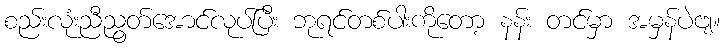
စည်းလုံးညီညွတ်အောင်လုပ်ပြီး ဘုရင်တစ်ပါးကိုတော့ နန်း တင်မှာ အမှန်ပဲဗျ။